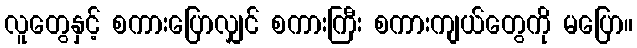
လူတွေနှင့် စကားပြောလျှင် စကားကြီး စကားကျယ်တွေကို မပြော။